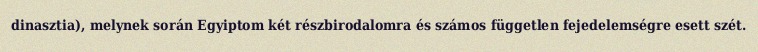
dinasztia), melynek során Egyiptom két részbirodalomra és számos független fejedelemségre esett szét.